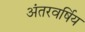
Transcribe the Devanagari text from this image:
अंतरवर्षिय